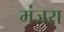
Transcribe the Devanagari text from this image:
मंजरा